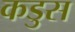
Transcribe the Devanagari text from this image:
कडुस